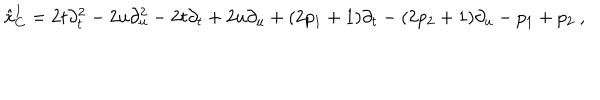
{ \hat { x } } _ { C } ^ { I } = 2 t \partial _ { t } ^ { 2 } - 2 u \partial _ { u } ^ { 2 } - 2 t \partial _ { t } + 2 u \partial _ { u } + ( 2 p _ { 1 } + 1 ) \partial _ { t } - ( 2 p _ { 2 } + 1 ) \partial _ { u } - p _ { 1 } + p _ { 2 } \ ,